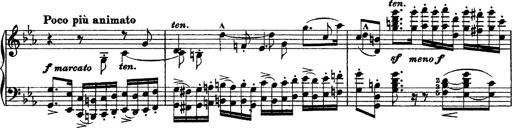
Title: Grandes Ã©tudes de Paganini
Composer: Franz Liszt